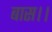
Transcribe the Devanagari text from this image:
बास।।